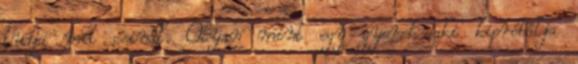
tudja mit csinál. Olyan mint egy gyerek aki kipróbálja